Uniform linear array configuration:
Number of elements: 4
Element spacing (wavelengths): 1
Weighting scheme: exponential
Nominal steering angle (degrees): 0
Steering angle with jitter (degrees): -0.3127
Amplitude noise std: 0.05
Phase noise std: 0.05

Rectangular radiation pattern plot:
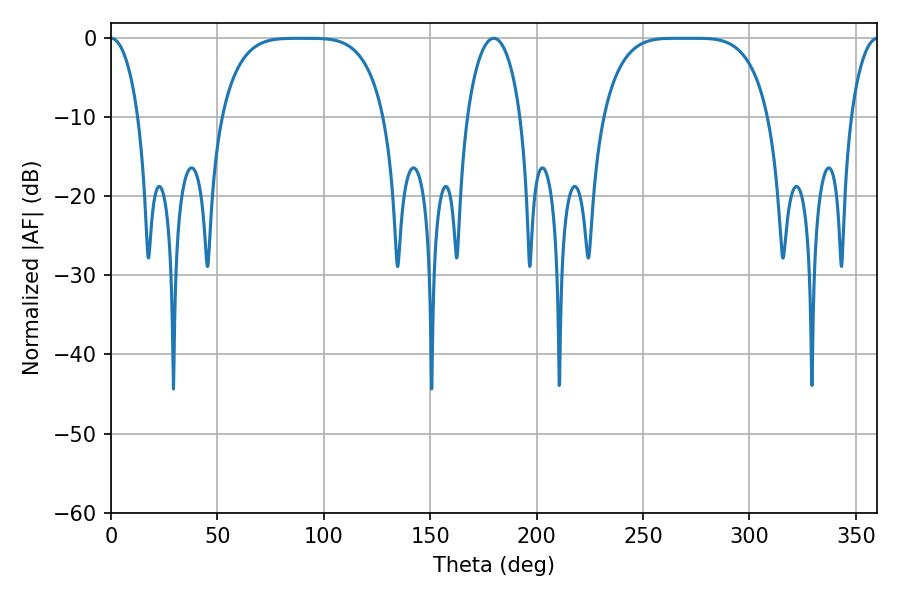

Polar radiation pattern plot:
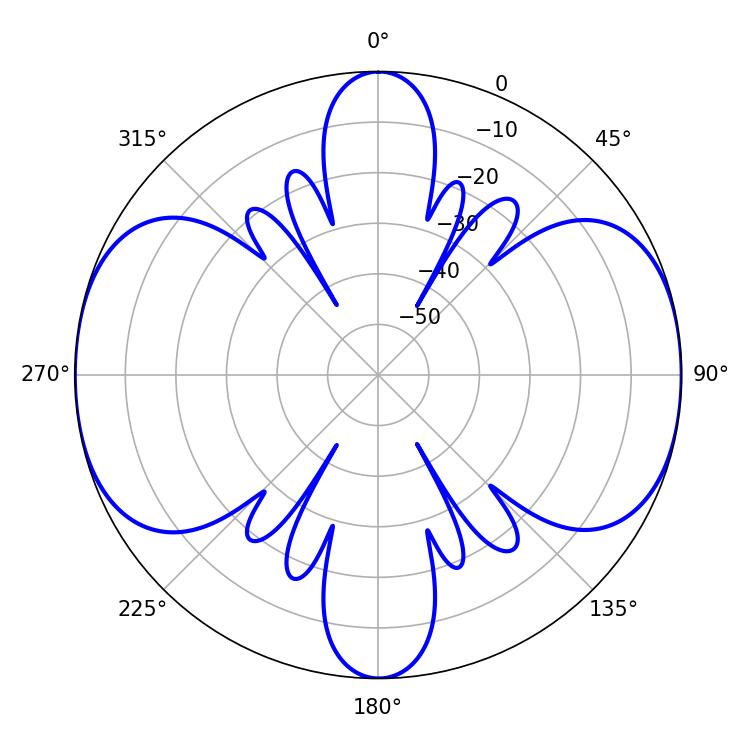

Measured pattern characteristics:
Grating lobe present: TRUE
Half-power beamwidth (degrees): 58.68
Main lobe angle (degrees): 266.04